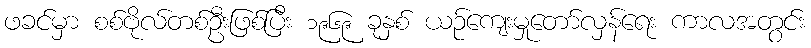
ဖခင်မှာ စစ်ဗိုလ်တစ်ဦးဖြစ်ပြီး ၁၉၆၉ ခုနှစ် ယဉ်ကျေးမှုတော်လှန်ရေး ကာလအတွင်း